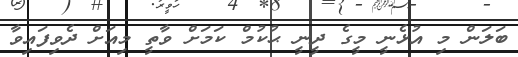
ބަލަން މި އުޅެނީ މީގެ ދީނީ ޙުކުމް ކަމަށް ވާތީ މިއަށް ދެވިފައިވާ